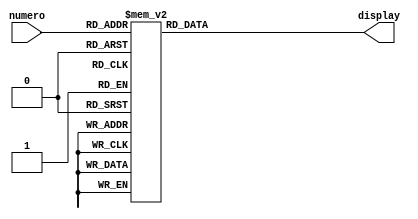
module display(numero,display);
input[3:0] numero;
output reg[6:0] display;
always @(numero)
begin
	case (numero)
		4'b0000: display =7'b1000000;
		4'b0001: display =7'b1111001;
		4'b0010: display =7'b0100100;
		4'b0011: display =7'b0110000;
		4'b0100: display =7'b0011001;
		4'b0101: display =7'b0010010;
		4'b0110: display =7'b0000010;
		4'b0111: display =7'b1111000;
		4'b1000: display =7'b0000000;
		4'b1001: display =7'b0011000;
		default: display = 7'b1111111;
	endcase
end
endmodule